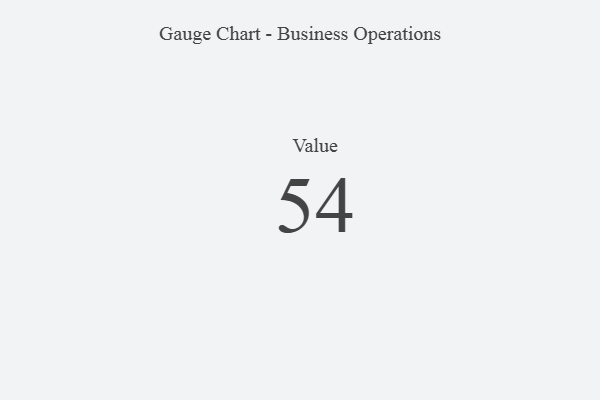
{"axis": {"x": "Metric", "y": "Value"}, "legend": [""], "data": [{"x": "Value", "y": 54, "type": ""}]}